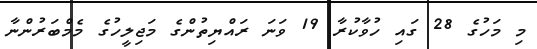
މި މަހުގެ 28 ގައި ހުވާކުރާ 19 ވަނަ ރައްޔިތުންގެ މަޖިލީހުގެ މެމްބަރުންނާ